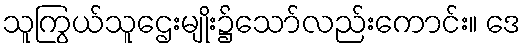
သူကြွယ်သူဌေးမျိုး၌သော်လည်းကောင်း။ ဒေ